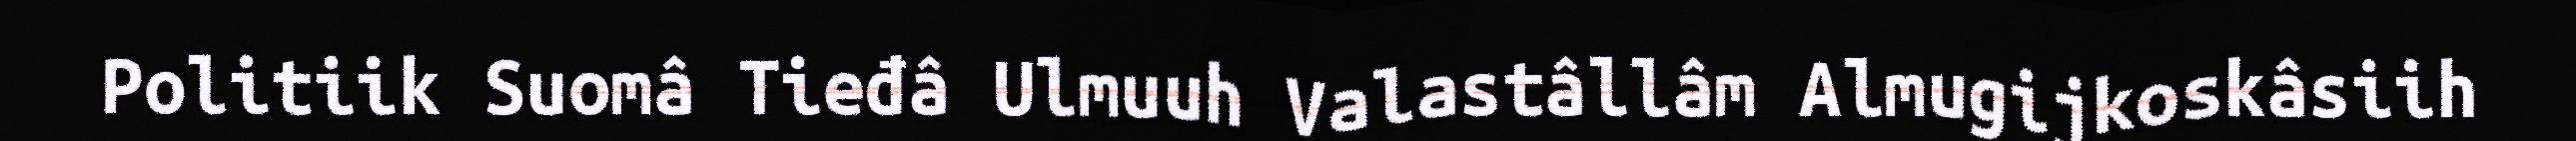
Politiik Suomâ Tieđâ Ulmuuh Valastâllâm Almugijkoskâsiih